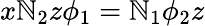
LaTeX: x\mathbb{N}_{2}z\phi_{1}=\mathbb{N}_{1}\phi_{2}z